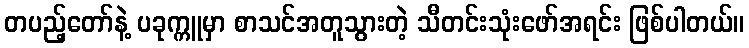
တပည့်တော်နဲ့ ပခုက္ကူမှာ စာသင်အတူသွားတဲ့ သီတင်းသုံးဖော်အရင်း ဖြစ်ပါတယ်။